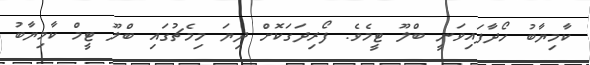
ކާމިޔާބު ހޯދާފައިވަނީ ބްލޫ ޓީމެވެ. ފޯރިދަގަކޮށް ދިޔަ މިމެޗުގައި ބްލޫ ޓީމް ކާމިޔާބު